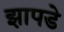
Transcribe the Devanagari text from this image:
झापडे